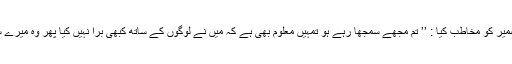
آخر انسان نے تھک کر ضمیر کو مخاطب کیا : ’’ تم مجھے سمجھا رہے ہو تمہیں معلوم بھی ہے کہ میں نے لوگوں کے ساتھ کبھی برا نہیں کیا پھر وہ میرے ساتھ برا کیوں کرتے ہیں ؟